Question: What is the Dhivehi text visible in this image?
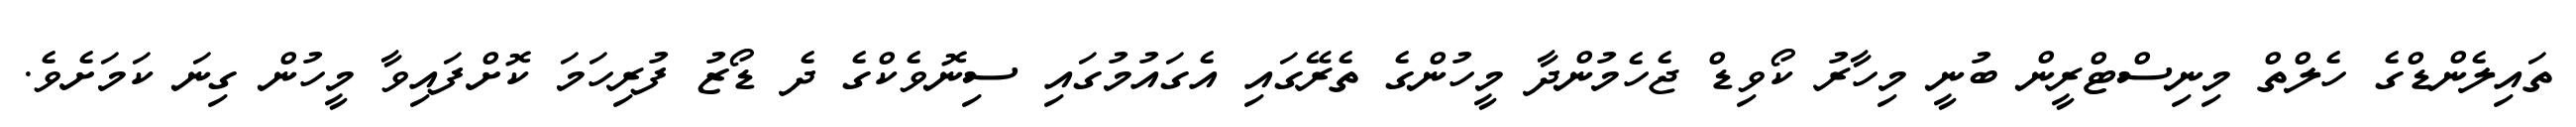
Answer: ތައިލެންޑްގެ ހެލްތް މިނިސްޓްރީން ބުނީ މިހާރު ކޯވިޑް ޖެހެމުންދާ މީހުންގެ ތެރޭގައި އެގައުމުގައި ސިނޮވެކްގެ ދެ ޑޯޒު ފުރިހަމަ ކޮށްފައިވާ މީހުން ގިނަ ކަމަށެވެ.